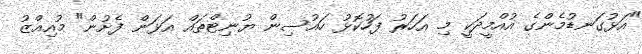
"އަޅުގަނޑުމެންގެ އުއްމީދަކީ މި އަހަރު ފަހުކޮޅު ހައުސިން ޔުނިޓްތައް އަޅަން ފެށުން" މުއިއްޒު